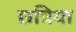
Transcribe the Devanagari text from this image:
छत्रिया